Indian journal of veterinary science and animal husbandry - Volume 4,
Year: 1934
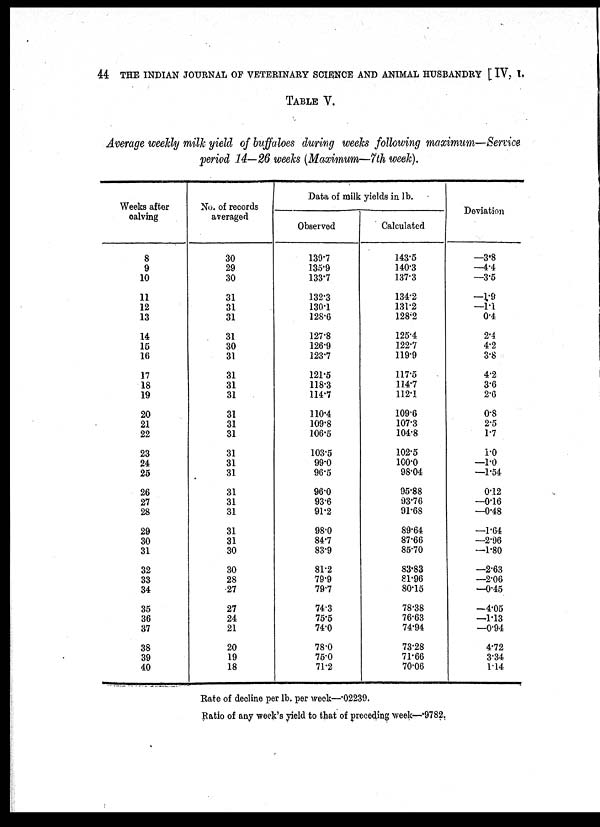
44 THE INDIAN JOURNAL OF VETERINARY SCIENCE AND ANIMAL HUSBANDRY [ IV, I.
TABLE V.
Average weekly milk yield of buffaloes during weeks following maximum—Service
period 14—26 weeks (Maximum—7th week).
Weeks after
calving
8
9
10
11
12
13
14
15
16
17
18
19
20
21
22
23
24
25
26
27
28
29
30
31
32
33
34
35
36
37
38
39
40
No. of records
averaged
30
29
30
31
31
31
31
30
31
31
31
31
31
31
31
31
31
31
31
31
31
31
31
30
30
28
27
27
24
21
20
19
18
Data of milk yields in. lb.
Observed
139.7
135.9
133.7
132.3
130.1
128.6
127.8
126.9
123.7
121.5
118.3
114.7
110.4
109.8
106.5
103.5
99.0
96.5
96.0
93.6
91.2
98.0
84.7
83.9
81.2
79.9
79.7
74.3
75.5
74.0
78.0
75.0
71.2
Calculated
143.5
140.3
137.3
134.2
131.2
128.2
125.4
122.7
119.9
117.5
114.7
112.1
109.6
107.3
104.8
102.5
100.0
98.04
95.88
93.76
91.68
89.64
87.66
85.70
83.83
81.96
80.15
78.38
76.63
74.94
73.28
71.66
70.06
Deviation
—3.8
—4.4
—3.5
—1.9
—l.l
0.4
2.4
4.2
3.8
4.2
3.6
2.6
0.8
2.5
1.7
1.0
—1.0
—1.54
0.12
—0.16
—0.48
—1.64
—2.96
—1.80
—2.63
—2.06
—0.45
—4.05
—1.13
—0.94
4.72
3.34
1.14
Rate of decline per lb. per week—.02239.
Ratio of any week's yield to that of preceding week—.9782.